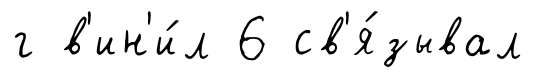
г в'ин'и́л 6 св'я́зывал